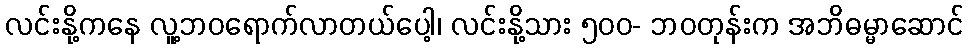
လင်းနို့ကနေ လူ့ဘဝရောက်လာတယ်ပေါ့၊ လင်းနို့သား ၅၀၀- ဘဝတုန်းက အဘိဓမ္မာဆောင်